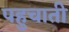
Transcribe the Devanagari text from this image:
पहुचाती